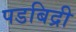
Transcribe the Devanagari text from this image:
पडबिद्री